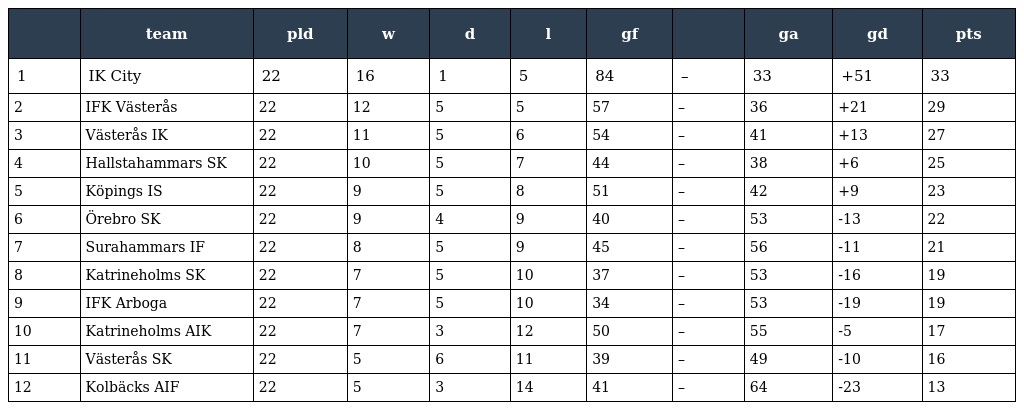
|  | team | pld | w | d | l | gf |  | ga | gd | pts |
 | --- | --- | --- | --- | --- | --- | --- | --- | --- | --- | --- |
 | 1 | IK City | 22 | 16 | 1 | 5 | 84 | – | 33 | +51 | 33 |
 | 2 | IFK Västerås | 22 | 12 | 5 | 5 | 57 | – | 36 | +21 | 29 |
 | 3 | Västerås IK | 22 | 11 | 5 | 6 | 54 | – | 41 | +13 | 27 |
 | 4 | Hallstahammars SK | 22 | 10 | 5 | 7 | 44 | – | 38 | +6 | 25 |
 | 5 | Köpings IS | 22 | 9 | 5 | 8 | 51 | – | 42 | +9 | 23 |
 | 6 | Örebro SK | 22 | 9 | 4 | 9 | 40 | – | 53 | -13 | 22 |
 | 7 | Surahammars IF | 22 | 8 | 5 | 9 | 45 | – | 56 | -11 | 21 |
 | 8 | Katrineholms SK | 22 | 7 | 5 | 10 | 37 | – | 53 | -16 | 19 |
 | 9 | IFK Arboga | 22 | 7 | 5 | 10 | 34 | – | 53 | -19 | 19 |
 | 10 | Katrineholms AIK | 22 | 7 | 3 | 12 | 50 | – | 55 | -5 | 17 |
 | 11 | Västerås SK | 22 | 5 | 6 | 11 | 39 | – | 49 | -10 | 16 |
 | 12 | Kolbäcks AIF | 22 | 5 | 3 | 14 | 41 | – | 64 | -23 | 13 |